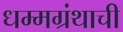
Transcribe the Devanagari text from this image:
धम्मग्रंथाची